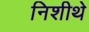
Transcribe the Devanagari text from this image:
निशीथे